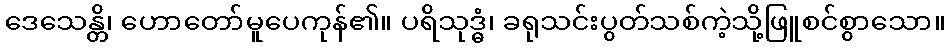
ဒေသေန္တိ၊ ဟောတော်မူပေကုန်၏။ ပရိသုဒ္ဓံ၊ ခရုသင်းပွတ်သစ်ကဲ့သို့ဖြူစင်စွာသော။